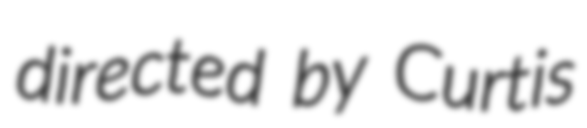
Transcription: directed by Curtis